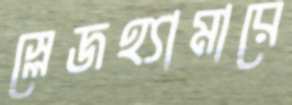
স্লেজহ্যামারে